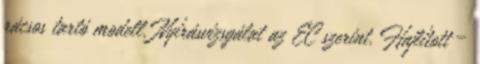
rácsos tartó modell. Nyírásvizsgálat az EC szerint. Hajlított –